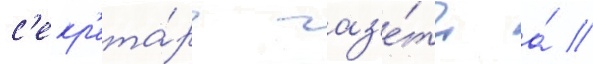
с'екр'ета́рь газ'е́ты а́ //